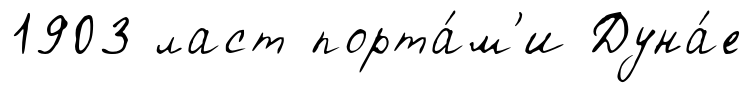
1903 ласт порта́м'и Дуна́е